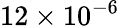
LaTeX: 12\times 10^{-6}